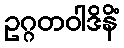
ဥဂ္ဂတဝါဒိနိံ